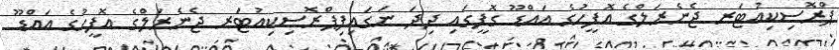
ޕްރޮސިކިއުޓަރ ޖެނެރަލްގެ އޮފީހުގެ އައްޑޫ ގޮފީގައި ދިދަ ނަގައިފިޕްރޮސިކިއުޓަރ ޖެނެރަލްގެ އޮފީހުގެ އައްޑޫ